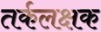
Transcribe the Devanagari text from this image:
तर्कलक्षक